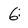
Character: 6